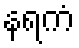
နရကံ